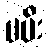
မမီး